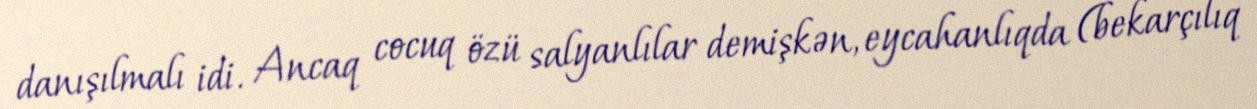
danışılmalı idi. Ancaq cocuq özü salyanlılar demişkən, eycahanlıqda (bekarçılıq